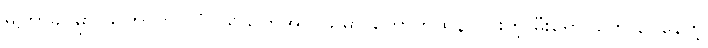
မကြာခင်မှာ သူဟာ ဗိုလ်ပုံ ပရိသတ်အလယ်မှာ တောက်ထိန်လင်းတဲ့ မီးရောင်တွေ ဝေနေတဲ့